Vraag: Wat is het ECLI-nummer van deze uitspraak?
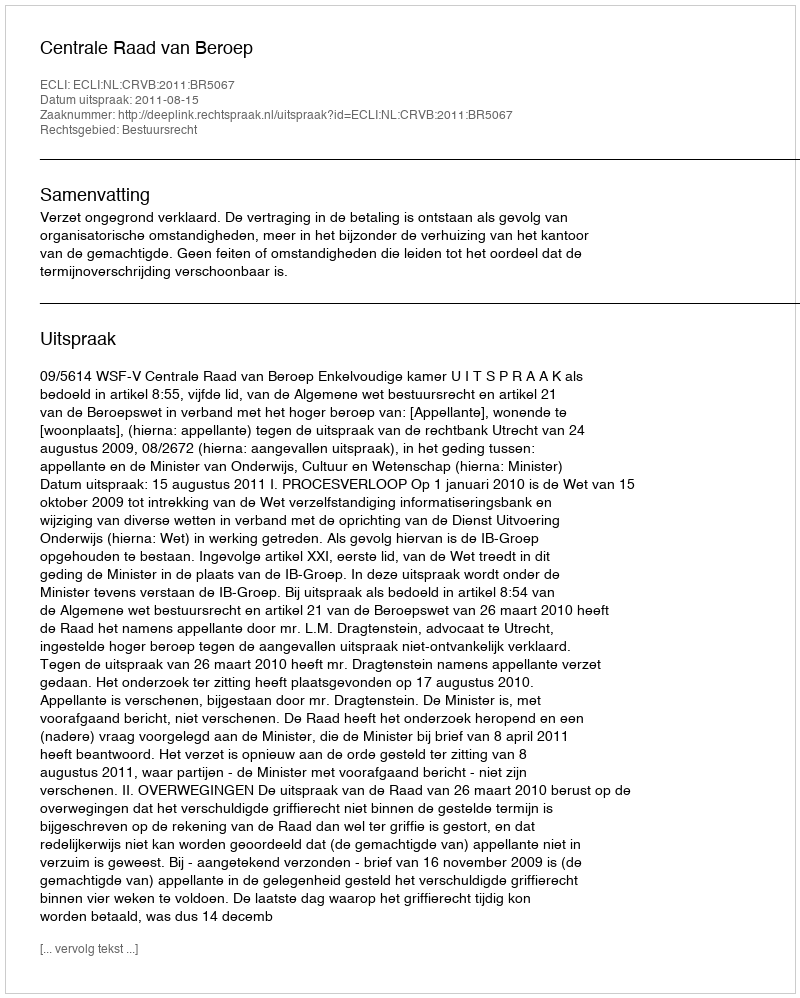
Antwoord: ECLI:NL:CRVB:2011:BR5067